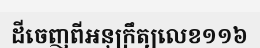
ដីចេញពីអនុក្រឹត្យលេខ១១៦